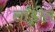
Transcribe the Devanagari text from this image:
लाँड्रीत